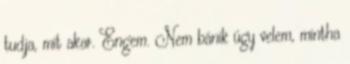
tudja, mit akar. Engem. Nem bánik úgy velem, mintha